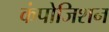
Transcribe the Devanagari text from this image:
कंपोजिशन